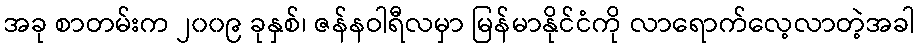
အခု စာတမ်းက ၂၀၀၉ ခုနှစ်၊ ဇန်နဝါရီလမှာ မြန်မာနိုင်ငံကို လာရောက်လေ့လာတဲ့အခါ